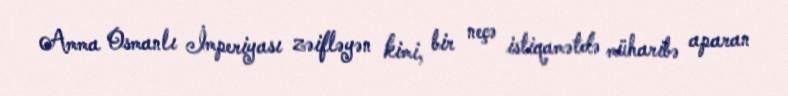
Amma Osmanlı İmperiyası zəifləyən kimi, bir neçə istiqamətdə müharibə aparan